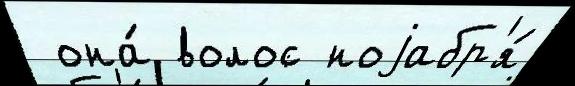
 она́ волос ноjабр'я́